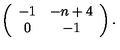
\left( \begin{array} { c c } { - 1 } & { - n + 4 } \\ { 0 } & { - 1 } \\ \end{array} \right) .